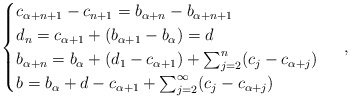
\begin{align*}\begin{cases}c_{\alpha + n +1} - c_{n+1} = b_{\alpha + n} - b_{\alpha + n +1} \\d_n = c_{\alpha + 1} + (b_{\alpha + 1} - b_\alpha) = d \\b_{\alpha + n} = b_\alpha + (d_1 - c_{\alpha+1}) + \sum_{j=2}^n (c_j - c_{\alpha + j}) \\b = b_\alpha + d - c_{\alpha + 1} + \sum_{j=2}^\infty (c_j - c_{\alpha+j})\end{cases} \ ,\end{align*}